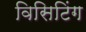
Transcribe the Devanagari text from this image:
विसिटिंग